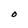
Character: O